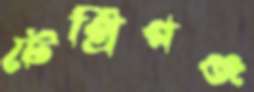
টেপ্রিগঞ্জ